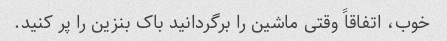
خوب، اتفاقاً وقتی ماشین را برگردانید باک بنزین را پر کنید.